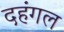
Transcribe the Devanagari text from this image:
दहंगल